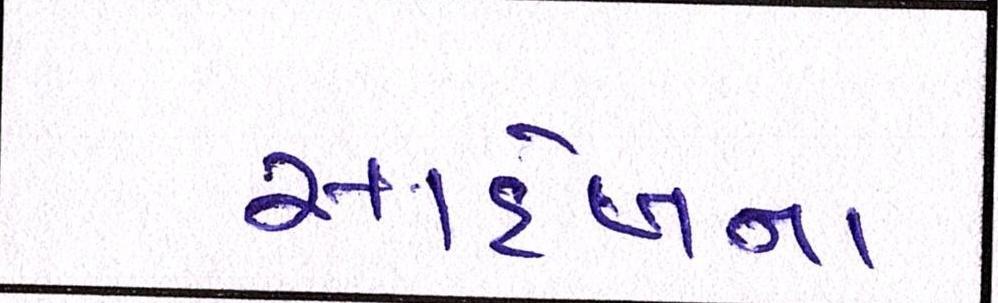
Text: સાહેબના